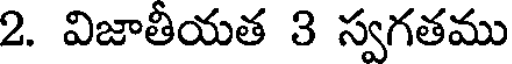
2. విజాతీయత 3 స్వగతము